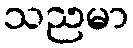
သညမာ